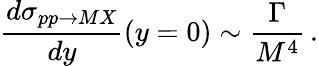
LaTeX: \frac{d\sigma_{pp\rightarrow MX}}{dy}(y=0)\sim\frac{\Gamma}{M^{4}}\, .